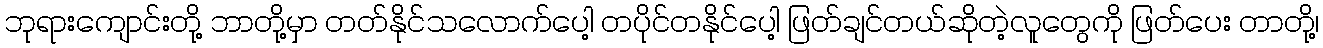
ဘုရားကျောင်းတို့ ဘာတို့မှာ တတ်နိုင်သလောက်ပေါ့ တပိုင်တနိုင်ပေါ့ ဖြတ်ချင်တယ်ဆိုတဲ့လူတွေကို ဖြတ်ပေး တာတို့၊